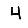
Digit: 4